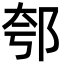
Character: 郀